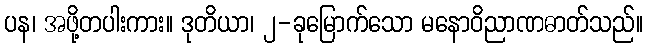
ပန၊ အဖို့တပါးကား။ ဒုတိယာ၊ ၂-ခုမြောက်သော မနောဝိညာဏဓာတ်သည်။